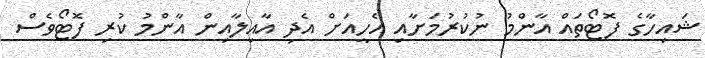
ޝައިހާގެ ފޮޓޯތައް އާންމު ނުކުރުމަށާއި އެހީއަށް އެދި އާއިލާއިން އާންމު ކުުރި ފޮޓޯވެސް